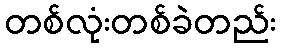
တစ်လုံးတစ်ခဲတည်း